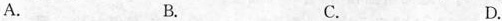
A. B. C. D.